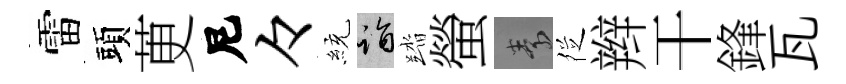
雷頭茰尼々統诣踏螢素徔辫干鋒瓦